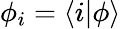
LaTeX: \phi_{i}=\langle i|\phi\rangle